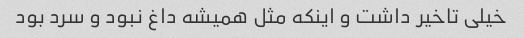
خیلی تاخیر داشت و اینکه مثل همیشه داغ نبود و سرد بود